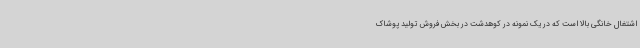
اشتغال خانگی بالا است که در یک نمونه در کوهدشت در بخش فروش تولید پوشاک